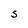
Character: S